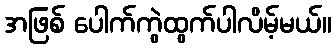
အဖြစ် ပေါက်ကွဲထွက်ပါလိမ့်မယ်။